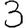
Digit: 3